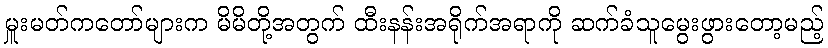
မှူးမတ်ကတော်များက မိမိတို့အတွက် ထီးနန်းအရိုက်အရာကို ဆက်ခံသူမွေးဖွားတော့မည့်